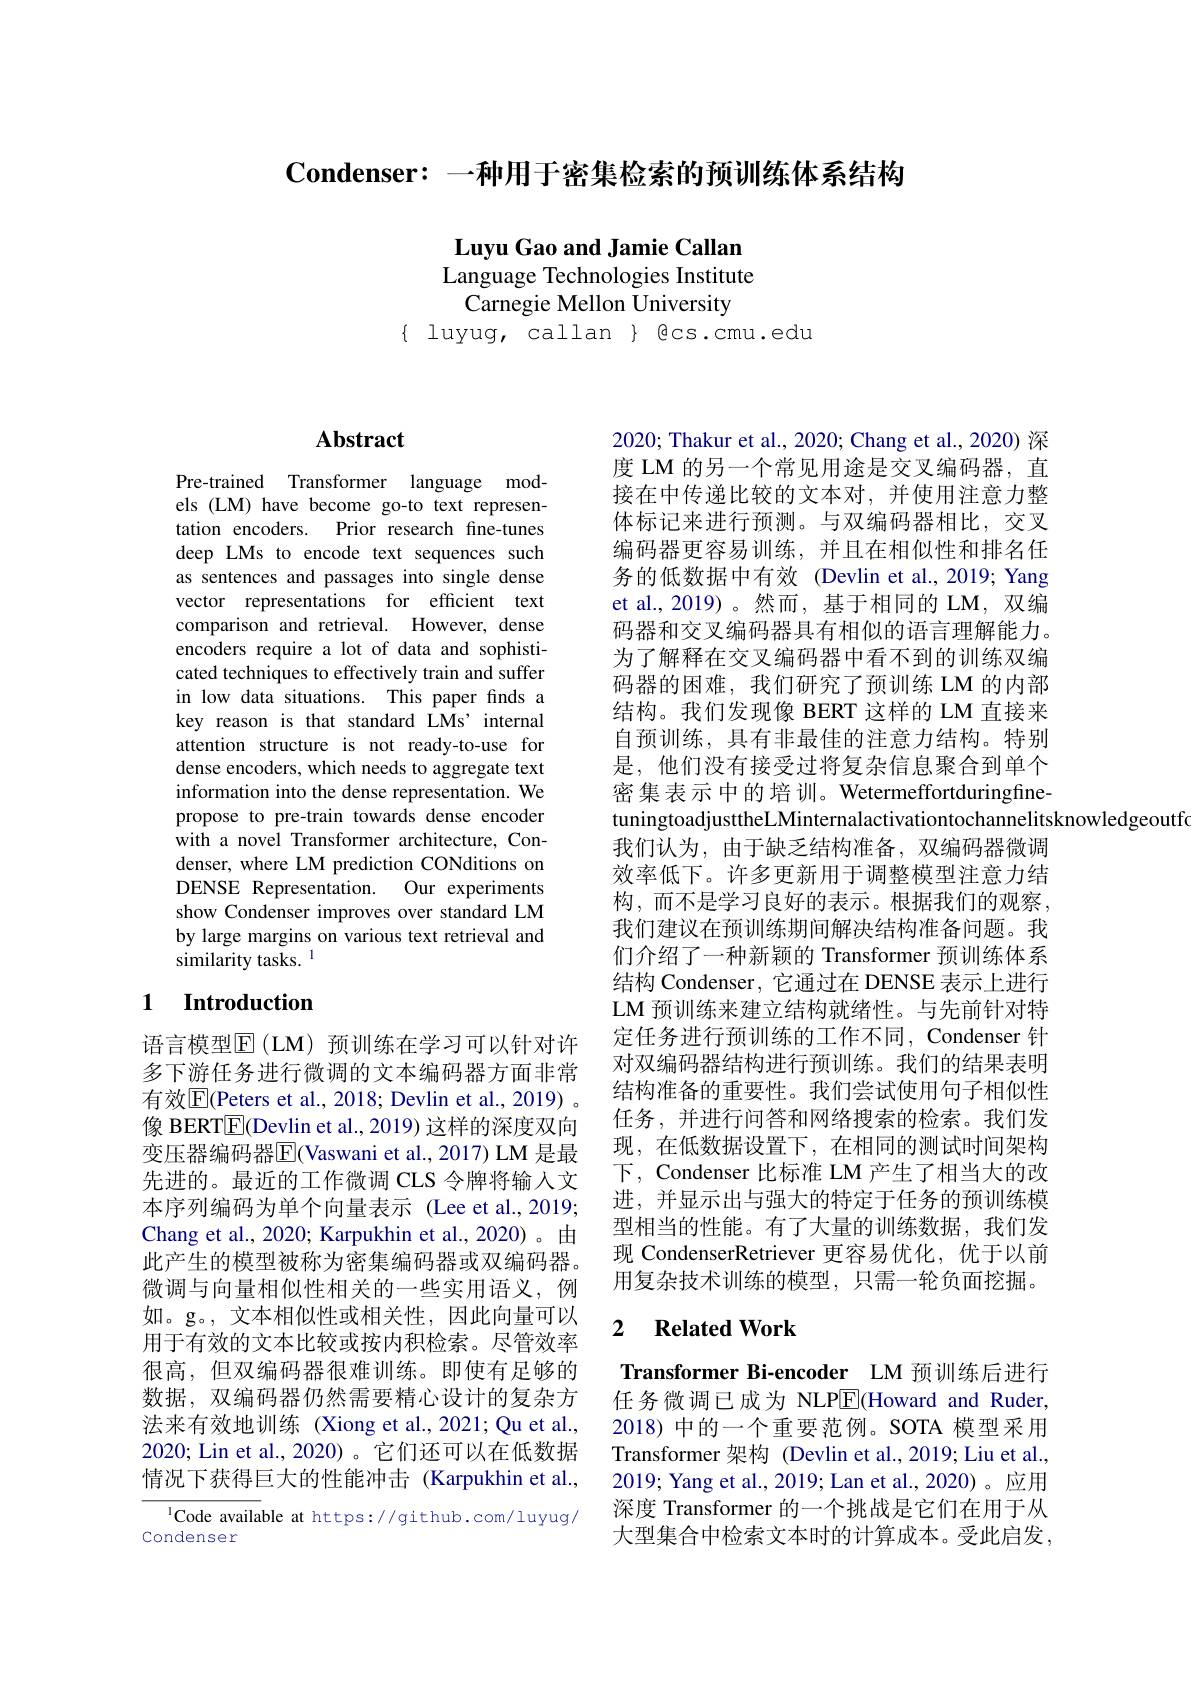
$\textbf{Condenser: 一 种 用 于 密 集 检 索 的 预 训 练 体 系 结 构 }$

Luyu Gao and Jamie Callan Language Technologies Institute
Carnegie Mellon University
$\{$ luyug, callan $\}$ gcs.cmu.edu

# Abstract

Pre-trained Transformer language models (LM) have become go-to text representation encoders. Prior research fine-tunes deep LMs to encode text sequences such as sentences and passages into single dense vector representations for effcient text comparison and retrieval. However, dense encoders require a lot of data and sophisticated techniques to effectively train and suffer in low data situations. This paper finds a key reason is that standard LMs'internal attention structure is not ready-to-use for dense encoders, which needs to aggregate text information into the dense representation. We propose to pre-train towards dense encoder with a novel Transformer architecture, Condenser, where LM prediction CONditions on DENSE Representation. Our experiments show Condenser improves over standard LM by large margins on various text retrieval and similarity tasks. $^{\mathrm{l}}$

## 1 Introduction

语言模型$\mathbb{E}($LM)预训练在学习可以针对许多下游任务进行微调的文本编码器方面非常有效$\overline{\mathrm{E}}($Peters et al., 2018; Devlin et al., 2019) 。像 BERT$\boxed{\mathrm{F}}$(Devlin et al., 2019) 这样的深度双向变压器编码器$\overline{\mathrm{E}}$(Vaswani et al., 2017) LM 是最先进的。最近的工作微调 CLS 令牌将输入文本序列编码为单个向量表示 (Lee et al.,2019; Chang et al., 2020; Karpukhin et al., 2020)。由此产生的模型被称为密集编码器或双编码器。微调与向量相似性相关的一些实用语义，例如。g。,文本相似性或相关性，因此向量可以用于有效的文本比较或按内积检索。尽管效率很高，但双编码器很难训练。即使有足够的数据，双编码器仍然需要精心设计的复杂方法来有效地训练 (Xiong et al.,2021; Qu et al., 2020; Lin et al., 2020) 。它们还可以在低数据情况下获得巨大的性能冲击(Karpukhin et al.,

$^{1}$Code available at https://github.com/luyug/
Condenser

2020; Thakur et al., 2020; Chang et al., 2020) 深度 LM 的另一个常见用途是交叉编码器，直接在中传递比较的文本对，并使用注意力整体标记来进行预测。与双编码器相比，交叉编码器更容易训练，并且在相似性和排名任务的低数据中有效 (Devlin et al., 2019; Yang et al., 2019)。然而，基于相同的 LM, 双编码器和交叉编码器具有相似的语言理解能力。为了解释在交叉编码器中看不到的训练双编码器的困难，我们研究了预训练 LM 的内部结构。我们发现像 BERT 这样的 LM 直接来自预训练，具有非最佳的注意力结构。特别是，他们没有接受过将复杂信息聚合到单个密集表示中的培训。WetermeffortduringfinetuningtoadjusttheLMinternalactivationtochannelitsknowledgeoutfo
我们认为，由于缺乏结构准备，双编码器微调效率低下。许多更新用于调整模型注意力结构，而不是学习良好的表示。根据我们的观察， 我们建议在预训练期间解决结构准备问题。我们介绍了一种新颖的 Transformer 预训练体系结构 Condenser, 它通过在 DENSE 表示上进行LM 预训练来建立结构就绪性。与先前针对特定任务进行预训练的工作不同，Condenser 针对双编码器结构进行预训练。我们的结果表明结构准备的重要性。我们尝试使用句子相似性任务，并进行问答和网络搜索的检索。我们发现，在低数据设置下，在相同的测试时间架构下，Condenser 比标准 LM 产生了相当大的改进，并显示出与强大的特定于任务的预训练模型相当的性能。有了大量的训练数据，我们发现 CondenserRetriever 更容易优化，优于以前用复杂技术训练的模型，只需一轮负面挖掘。

## 2 $\textbf{Related Work}$

Transformer Bi-encoder LM 预训练后进行任务微调已成为 NLPE(Howard and Ruder, 2018) 中的一个重要范例。SOTA 模型采用Transformer 架构 (Devlin et al.,2019; Liu et al., 2019; Yang et al., 2019; Lan et al., 2020)。应用深度 Transformer 的一个挑战是它们在用于从大型集合中检索文本时的计算成本。受此启发，